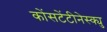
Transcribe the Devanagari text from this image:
कोंसटेंटीनेस्क्यु